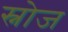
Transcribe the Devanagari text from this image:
स्नोज